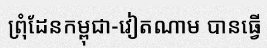
ព្រុំដែនកម្ពុជា-វៀតណាម បានធ្វើ